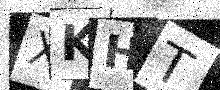
Text: XKHT